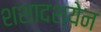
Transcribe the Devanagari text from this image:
शशादश्येन